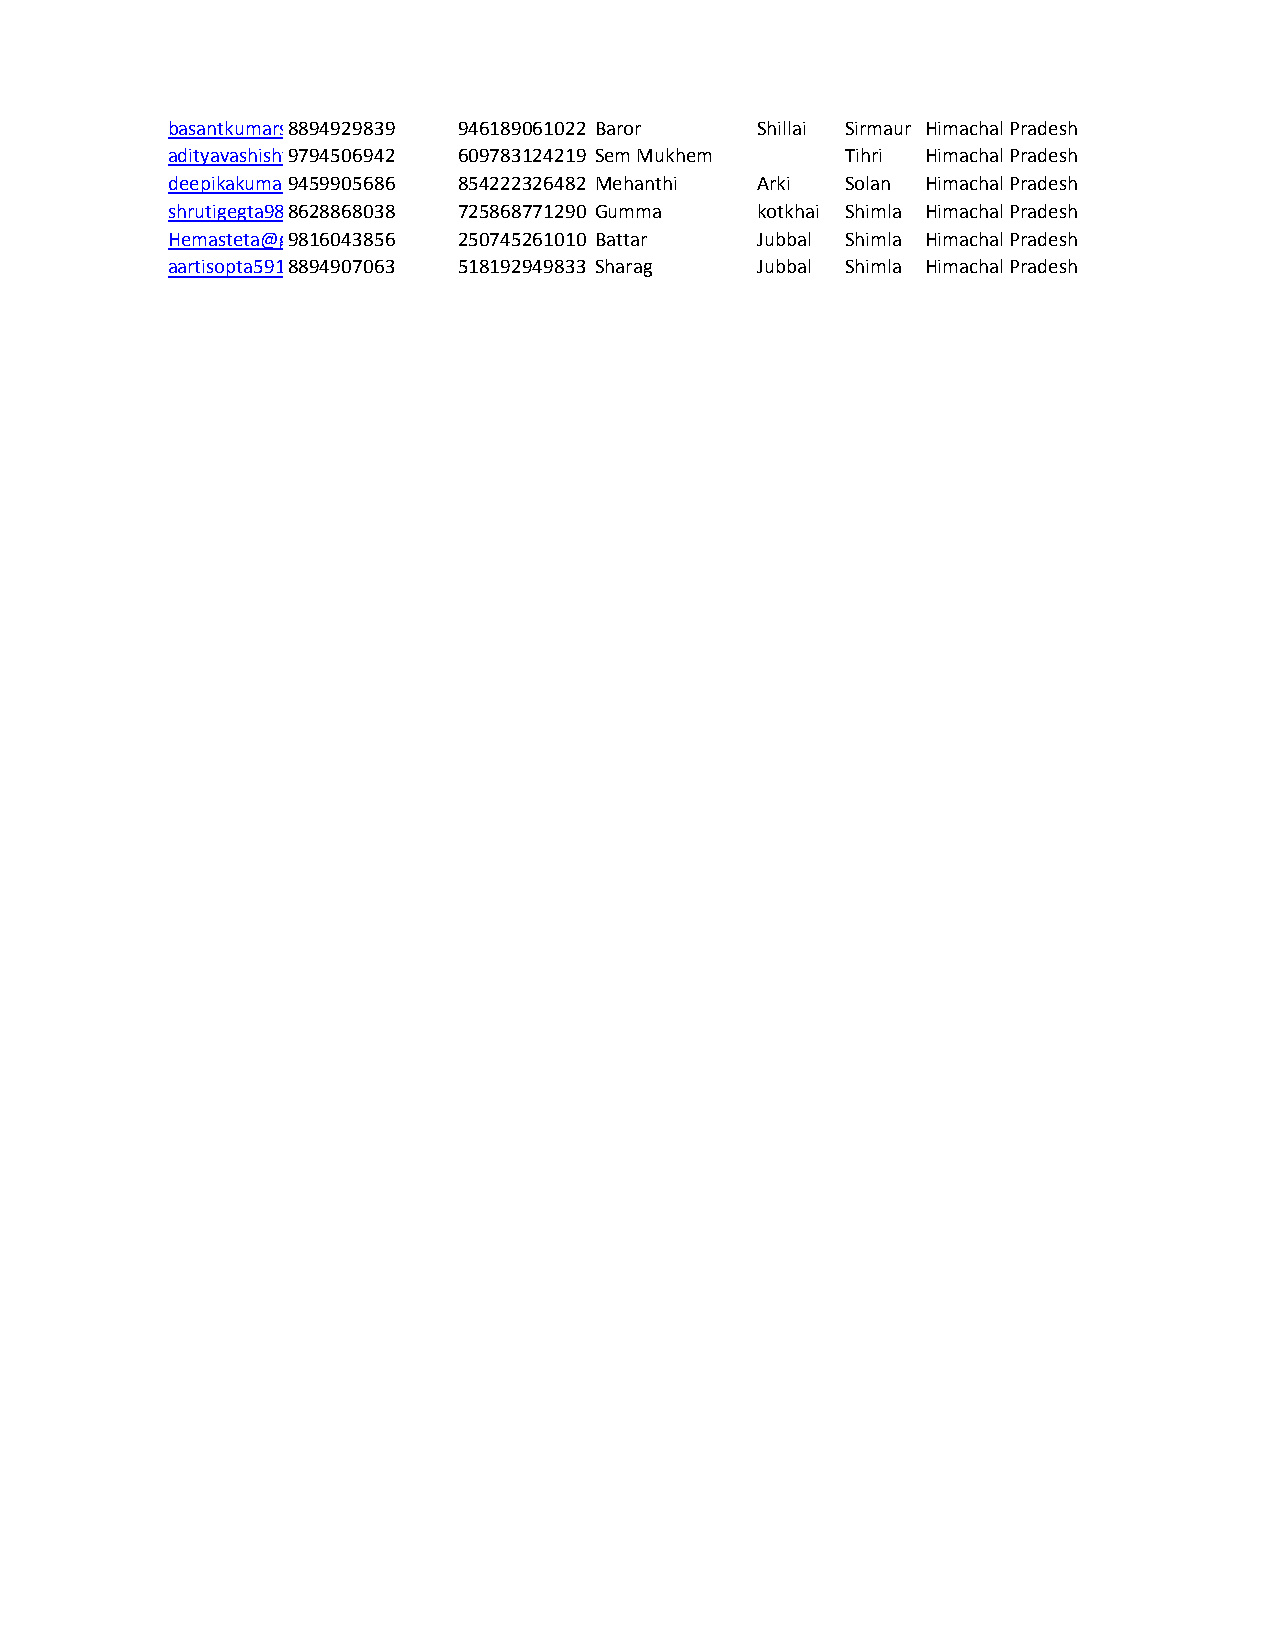
basantkumarsh88ar9m49a29968@3g9mail.com946189061022 Baror Shillai Sirmaur Himachal Pradesh
 adityavashisht9h70914@5g0m69a4il2.com 609783124219 Sem Mukhem Tihri Himachal Pradesh
 deepikakumar9i74757979@05g6m8a6il.com 854222326482 Mehanthi Arki Solan Himachal Pradesh
 shrutigegta9888@62g8m86ai8l.0c3o8m 725868771290 Gumma kotkhai Shimla Himachal Pradesh
 Hemasteta@g9m8a1i6l.0co4m3856 250745261010 Battar Jubbal Shimla Himachal Pradesh
 aartisopta591@88g9m49a0il.7c0o6m3 518192949833 Sharag Jubbal Shimla Himachal Pradesh